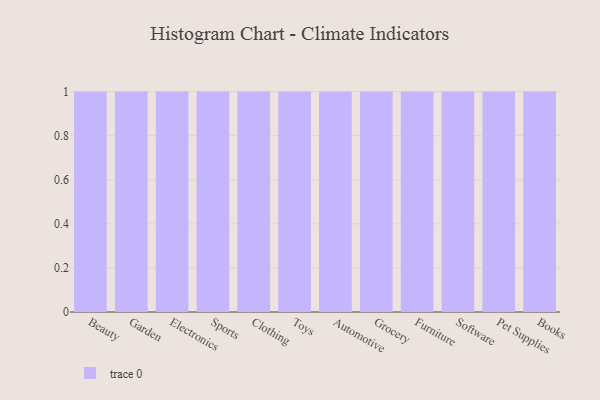
{"axis": {"x": "Category", "y": "Backlog"}, "legend": [""], "data": [{"x": "Beauty", "y": 22, "type": ""}, {"x": "Garden", "y": 41, "type": ""}, {"x": "Electronics", "y": 88, "type": ""}, {"x": "Sports", "y": 5, "type": ""}, {"x": "Clothing", "y": 13, "type": ""}, {"x": "Toys", "y": 61, "type": ""}, {"x": "Automotive", "y": 62, "type": ""}, {"x": "Grocery", "y": 83, "type": ""}, {"x": "Furniture", "y": 65, "type": ""}, {"x": "Software", "y": 15, "type": ""}, {"x": "Pet Supplies", "y": 25, "type": ""}, {"x": "Books", "y": 11, "type": ""}]}